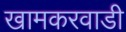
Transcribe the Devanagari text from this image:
खामकरवाडी